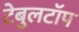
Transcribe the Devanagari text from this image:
टेबुलटॉप